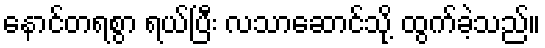
နောင်တရစွာ ရယ်ပြီး လသာဆောင်သို့ ထွက်ခဲ့သည်။